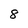
Character: 8